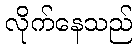
လိုက်နေသည်